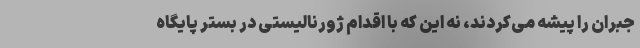
جبران را پیشه می‌کردند، نه این که با اقدام ژورنالیستی در بستر پایگاه